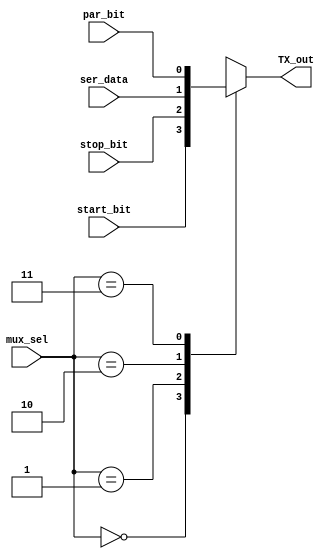
module mux(
    input wire [1:0] mux_sel,
    input wire       start_bit,
    input wire       stop_bit,
    input wire       ser_data,
    input wire       par_bit,
    output reg       TX_out
);

always @(*) begin
    case(mux_sel)
        'b00 : TX_out = start_bit;
        'b01 : TX_out = stop_bit;
        'b10 : TX_out = ser_data;
        'b11 : TX_out = par_bit;
    endcase
end
    
endmodule